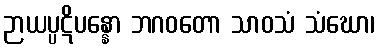
ဉာယပ္ပဋိပန္နော ဘဂဝတော သာဝသံ သံဃော၊